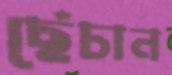
ছেঁচান